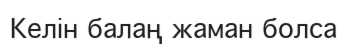
Келін балаң жаман болса